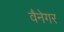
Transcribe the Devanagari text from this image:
वैनेगर